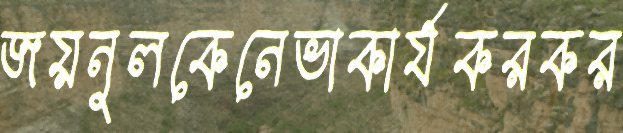
জয়নুলকেনেভাকার্যকরকর